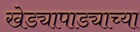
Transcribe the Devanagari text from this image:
खेड्यापाड्याच्या